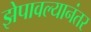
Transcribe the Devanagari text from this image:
झेपावल्यानंतर